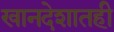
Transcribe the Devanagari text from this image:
खानदेशातही